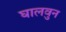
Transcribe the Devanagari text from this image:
घालवुन